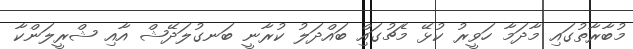
މުބާރާތުގައި މާދަމާ ހަވީރު ކުޅޭ މެޗުގައްި ބައްދަލު ކުރާނީ ބަނގުލަދޭޝް އާއި ޝްރީލަންކާ